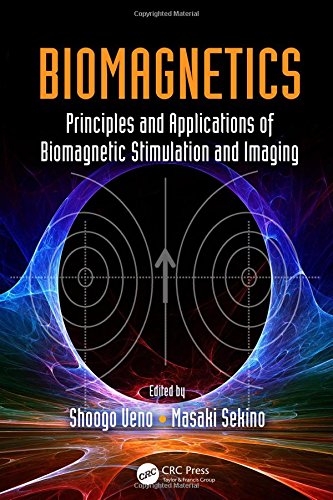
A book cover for Biomagnetics: Principles and Applications of Biomagnetic Stimulation and Imaging; Science & Math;